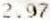
2.97